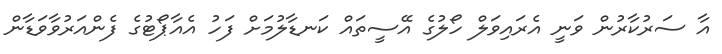
އާ ސަރުކާރުން ވަނީ އެރައިވަލް ހޯލުގެ އޭސީތައް ކަނޑާލުމަށް ފަހު އެއާޕޯޓުގެ ފެންއަރުވާވަޑާން